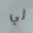
لي